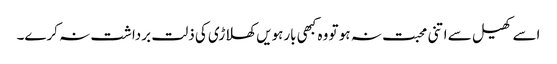
اسے کھیل سے اتنی محبت نہ ہو تو وہ کبھی بارہویں کھلاڑی کی ذلت برداشت نہ کرے۔